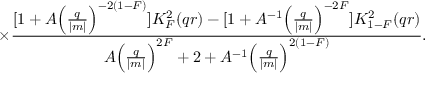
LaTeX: \times \frac { [ 1 + A { \Bigl ( \frac { q } { | m | } \Bigr ) } ^ { - 2 ( 1 - F ) } ] K _ { F } ^ { 2 } ( q r ) - [ 1 + A ^ { - 1 } { \Bigl ( \frac { q } { | m | } \Bigr ) } ^ { - 2 F } ] K _ { 1 - F } ^ { 2 } ( q r ) } { A { \Bigl ( \frac { q } { | m | } \Bigr ) } ^ { 2 F } + 2 + A ^ { - 1 } { \Bigl ( \frac { q } { | m | } \Bigr ) } ^ { 2 ( 1 - F ) } } .